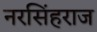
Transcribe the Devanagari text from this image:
नरसिंहराज